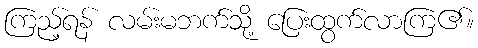
ကြည့်ရန် လမ်းမဘက်သို့ ပြေးထွက်လာကြ၏။